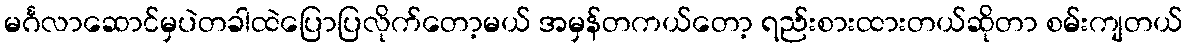
မင်္ဂလာဆောင်မှပဲတခါထဲပြောပြလိုက်တော့မယ် အမှန်တကယ်တော့ ရည်းစားထားတယ်ဆိုတာ စမ်းကျတယ်